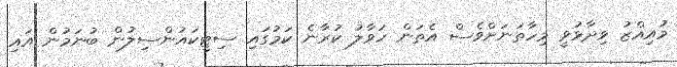
މުއިއްޒު ވިދާޅުވީ މިހާތަނަށްވެސް އެތަން ހަވާލު ކުރާނެ ކަމުގައި ސިޓީކައުންސިލުން ބުނަމުން އައި